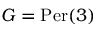
G = { \mathrm { P e r } } ( 3 )